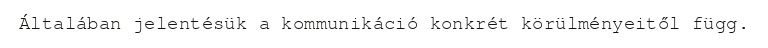
Általában jelentésük a kommunikáció konkrét körülményeitől függ.